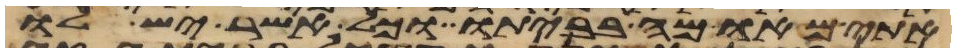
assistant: אתי מאומה בביתו וכל אשר יש לו